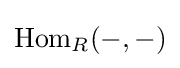
\mathrm {Hom} _{R}(-,-)